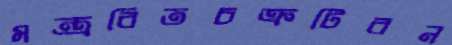
মন্ত্রবিতচক্রটিরন